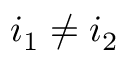
i _ { 1 } \neq i _ { 2 }